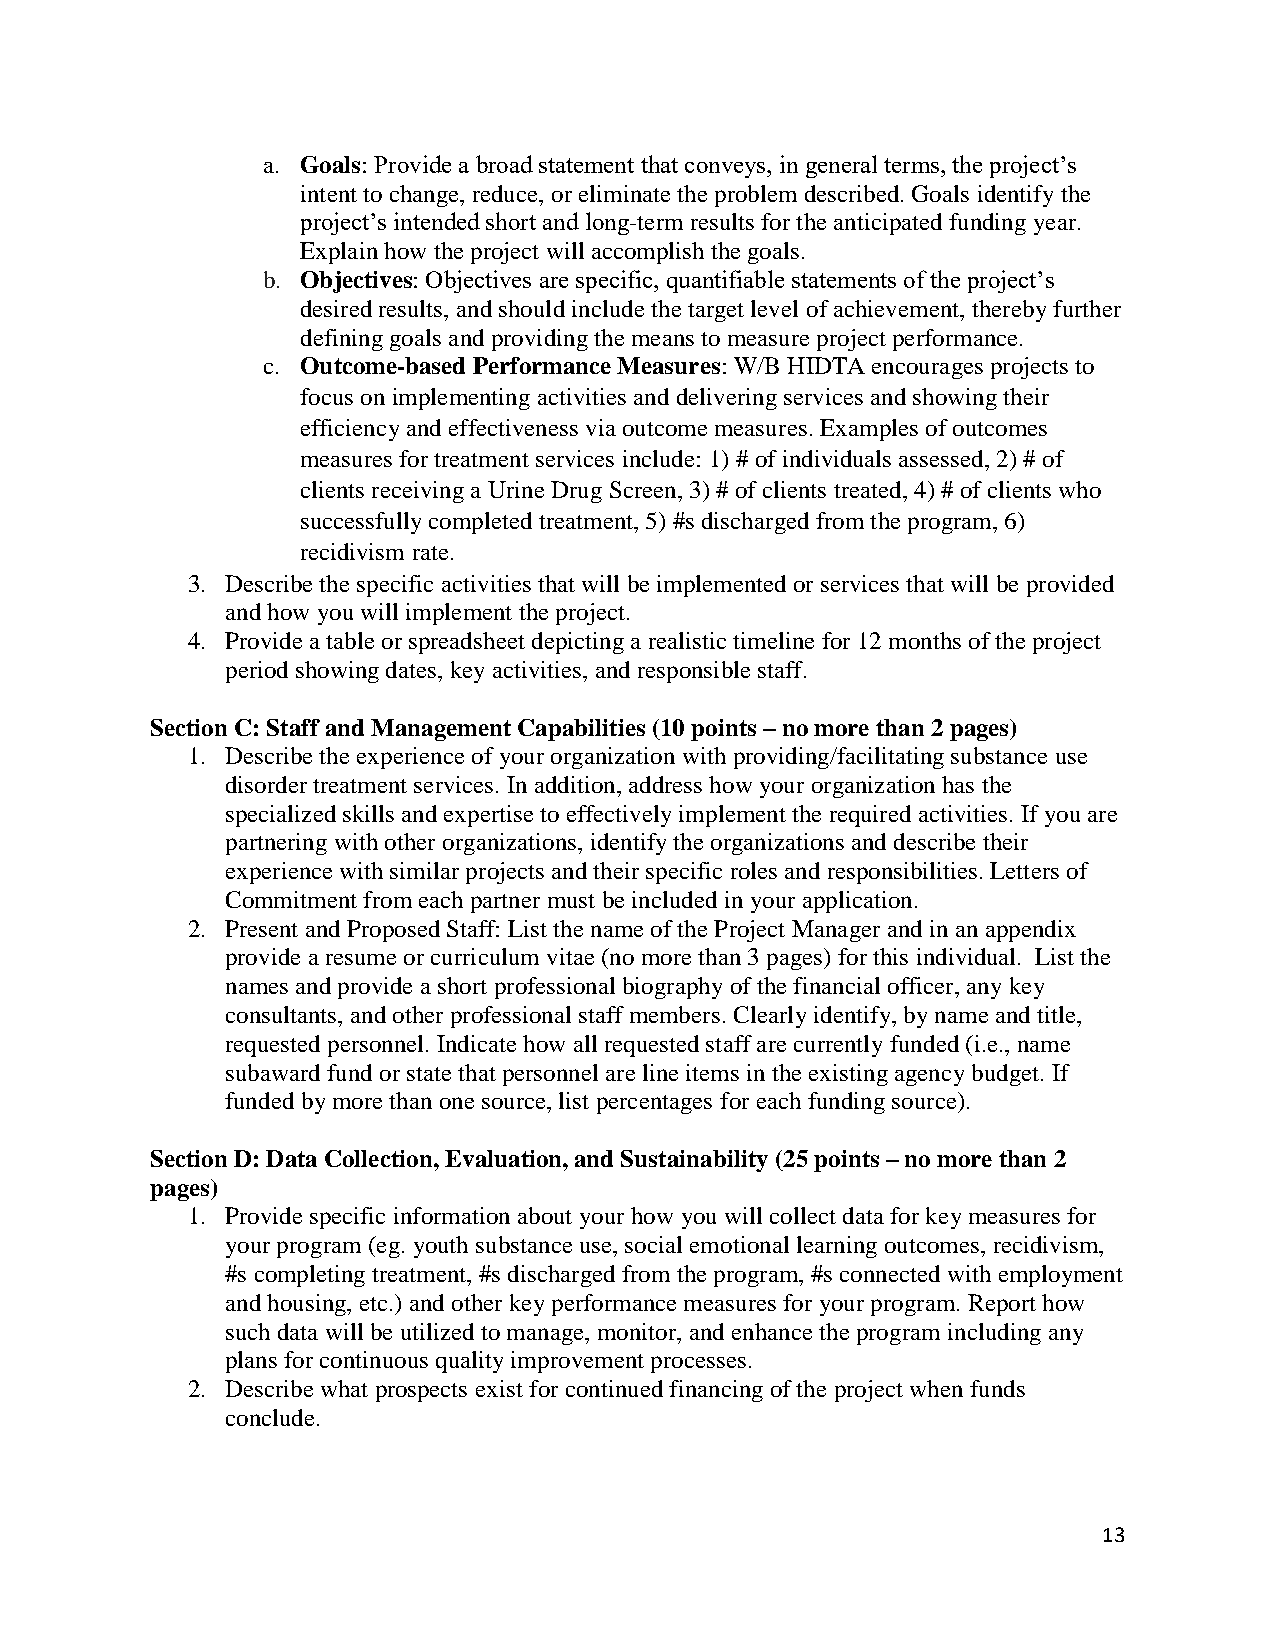
a. Goals: Provide a broad statement that conveys, in general terms, the project’s
 intent to change, reduce, or eliminate the problem described. Goals identify the
 project’s intended short and long-term results for the anticipated funding year.
 Explain how the project will accomplish the goals.
 b. Objectives: Objectives are specific, quantifiable statements of the project’s
 desired results, and should include the target level of achievement, thereby further
 defining goals and providing the means to measure project performance.
 c. Outcome-based Performance Measures: W/B HIDTA encourages projects to
 focus on implementing activities and delivering services and showing their
 efficiency and effectiveness via outcome measures. Examples of outcomes
 measures for treatment services include: 1) # of individuals assessed, 2) # of
 clients receiving a Urine Drug Screen, 3) # of clients treated, 4) # of clients who
 successfully completed treatment, 5) #s discharged from the program, 6)
 recidivism rate.
 3. Describe the specific activities that will be implemented or services that will be provided
 and how you will implement the project.
 4. Provide a table or spreadsheet depicting a realistic timeline for 12 months of the project
 period showing dates, key activities, and responsible staff.
 Section C: Staff and Management Capabilities (10 points – no more than 2 pages)
 1. Describe the experience of your organization with providing/facilitating substance use
 disorder treatment services. In addition, address how your organization has the
 specialized skills and expertise to effectively implement the required activities. If you are
 partnering with other organizations, identify the organizations and describe their
 experience with similar projects and their specific roles and responsibilities. Letters of
 Commitment from each partner must be included in your application.
 2. Present and Proposed Staff: List the name of the Project Manager and in an appendix
 provide a resume or curriculum vitae (no more than 3 pages) for this individual. List the
 names and provide a short professional biography of the financial officer, any key
 consultants, and other professional staff members. Clearly identify, by name and title,
 requested personnel. Indicate how all requested staff are currently funded (i.e., name
 subaward fund or state that personnel are line items in the existing agency budget. If
 funded by more than one source, list percentages for each funding source).
 Section D: Data Collection, Evaluation, and Sustainability (25 points – no more than 2
 pages)
 1. Provide specific information about your how you will collect data for key measures for
 your program (eg. youth substance use, social emotional learning outcomes, recidivism,
 #s completing treatment, #s discharged from the program, #s connected with employment
 and housing, etc.) and other key performance measures for your program. Report how
 such data will be utilized to manage, monitor, and enhance the program including any
 plans for continuous quality improvement processes.
 2. Describe what prospects exist for continued financing of the project when funds
 conclude.
 13